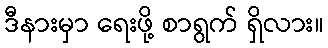
ဒီနားမှာ ရေးဖို့ စာရွက် ရှိလား။